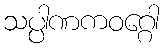
သပ္ပါဏကဝဂ္ဂေါ